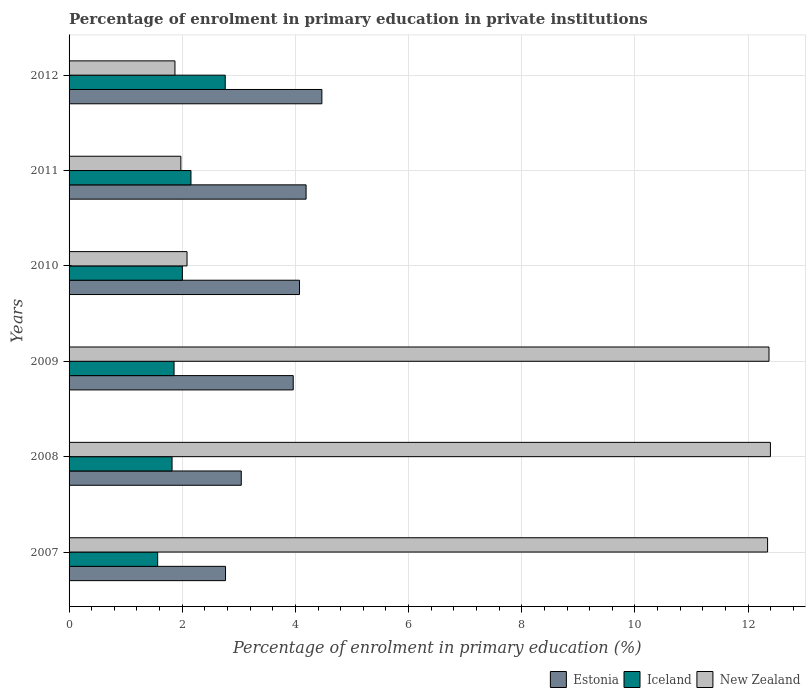
| Years | Estonia | Iceland | New Zealand |
 | --- | --- | --- | --- |
 | 2007 | 2.76 | 1.57 | 12.3 |
 | 2008 | 3.04 | 1.82 | 12.4 |
 | 2009 | 3.96 | 1.86 | 12.4 |
 | 2010 | 4.07 | 2 | 2.08 |
 | 2011 | 4.19 | 2.15 | 1.98 |
 | 2012 | 4.47 | 2.76 | 1.87 |